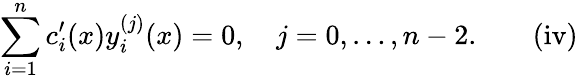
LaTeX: \sum_{i=1}^{n}c_{i}^{\prime}(x)y_{i}^{(j)}(x)=0,\quad j=0,\ldots,n-2.\quad\quad\mathrm{{(iv)}}